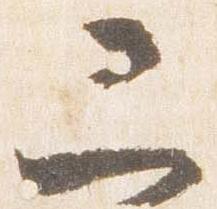
二